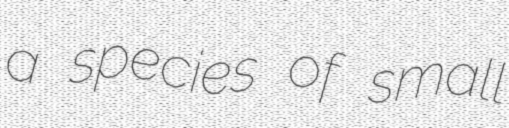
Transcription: a species of small